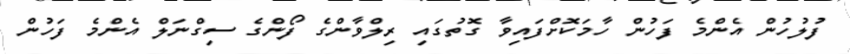
ފުލުހުން އެންމެ ފަހުން ހާމަކޮށްފައިވާ ގޮތުގައި ރިލްވާންގެ ފޯންގެ ސިގްނަލް އެންމެ ފަހުން